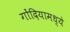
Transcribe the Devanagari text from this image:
गोंदियामध्ये